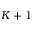
K + 1